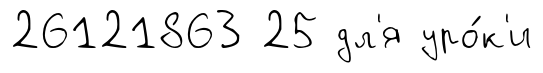
26121863 25 дл'я уро́к'и